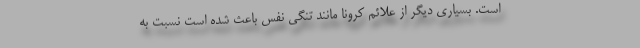
است. بسیاری دیگر از علائم کرونا مانند تنگی نفس باعث شده است نسبت به